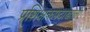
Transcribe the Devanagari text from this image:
प्रशिक्षकपदाखाली